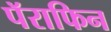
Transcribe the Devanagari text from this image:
पॅराफिन